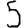
Digit: 5